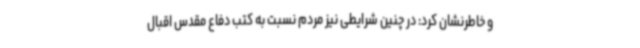
و خاطرنشان کرد: در چنین شرایطی نیز مردم نسبت به کتب دفاع مقدس اقبال